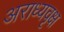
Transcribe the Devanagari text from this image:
अराध्यवृक्ष